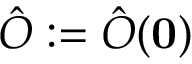
\hat { O } : = \hat { O } ( \mathbf { 0 } )